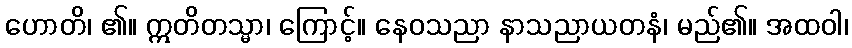
ဟောတိ၊ ၏။ ဣတိတသ္မာ၊ ကြောင့်။ နေဝသညာ နာသညာယတနံ၊ မည်၏။ အထဝါ၊